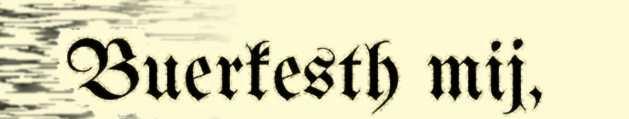
Buerkesth mij,